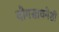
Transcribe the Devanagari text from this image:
योगसाधनेशी